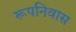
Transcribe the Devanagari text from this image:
रूपनिवास